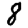
Digit: 8